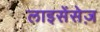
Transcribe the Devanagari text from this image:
लाइसेंसेज़